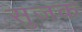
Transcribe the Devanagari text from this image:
सुजक